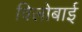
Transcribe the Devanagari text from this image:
विलोबाई